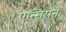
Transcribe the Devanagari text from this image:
एन्सियन